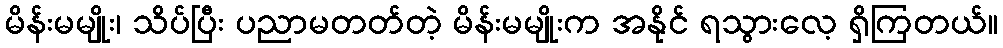
မိန်းမမျိုး၊ သိပ်ပြီး ပညာမတတ်တဲ့ မိန်းမမျိုးက အနိုင် ရသွားလေ့ ရှိကြတယ်။